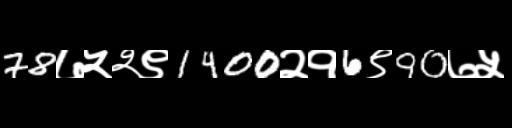
Text: 78७५२९1400२१6९90७५